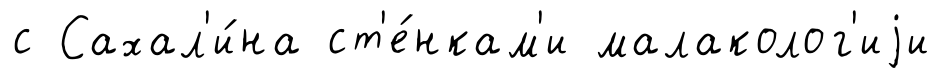
с Сахал'и́на ст'е́нкам'и малаколог'иjи